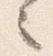
之